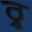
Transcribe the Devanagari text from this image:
ठ्र्